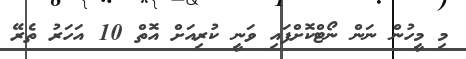
މި މީހުން ނަން ނޯޓްކޮށްފައި ވަނީ ކުރިއަށް އޮތް 10 އަހަރު ތެރޭ